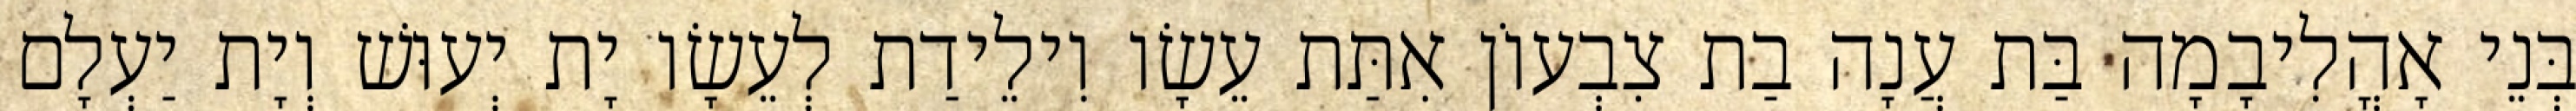
בְּנֵי אָהֳלִיבָמָה בַּת עֲנָה בַת צִבְעוֹן אִתַּת עֵשָׂו וִילֵידַת לְעֵשָׂו יָת יְעוּשׁ וְיָת יַעְלָם